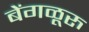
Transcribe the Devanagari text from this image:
बेंगळूरु